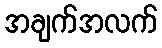
အချက်အလက်